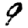
Digit: 9